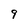
Character: 9